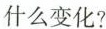
什么变化?